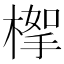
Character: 𣖹